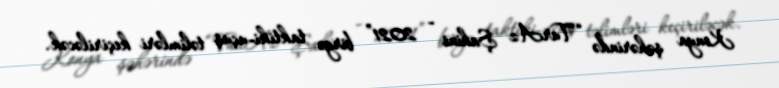
Konya şəhərində “TurAz Şahini - 2021” birgə taktiki-uçuş təlimləri keçiriləcək.